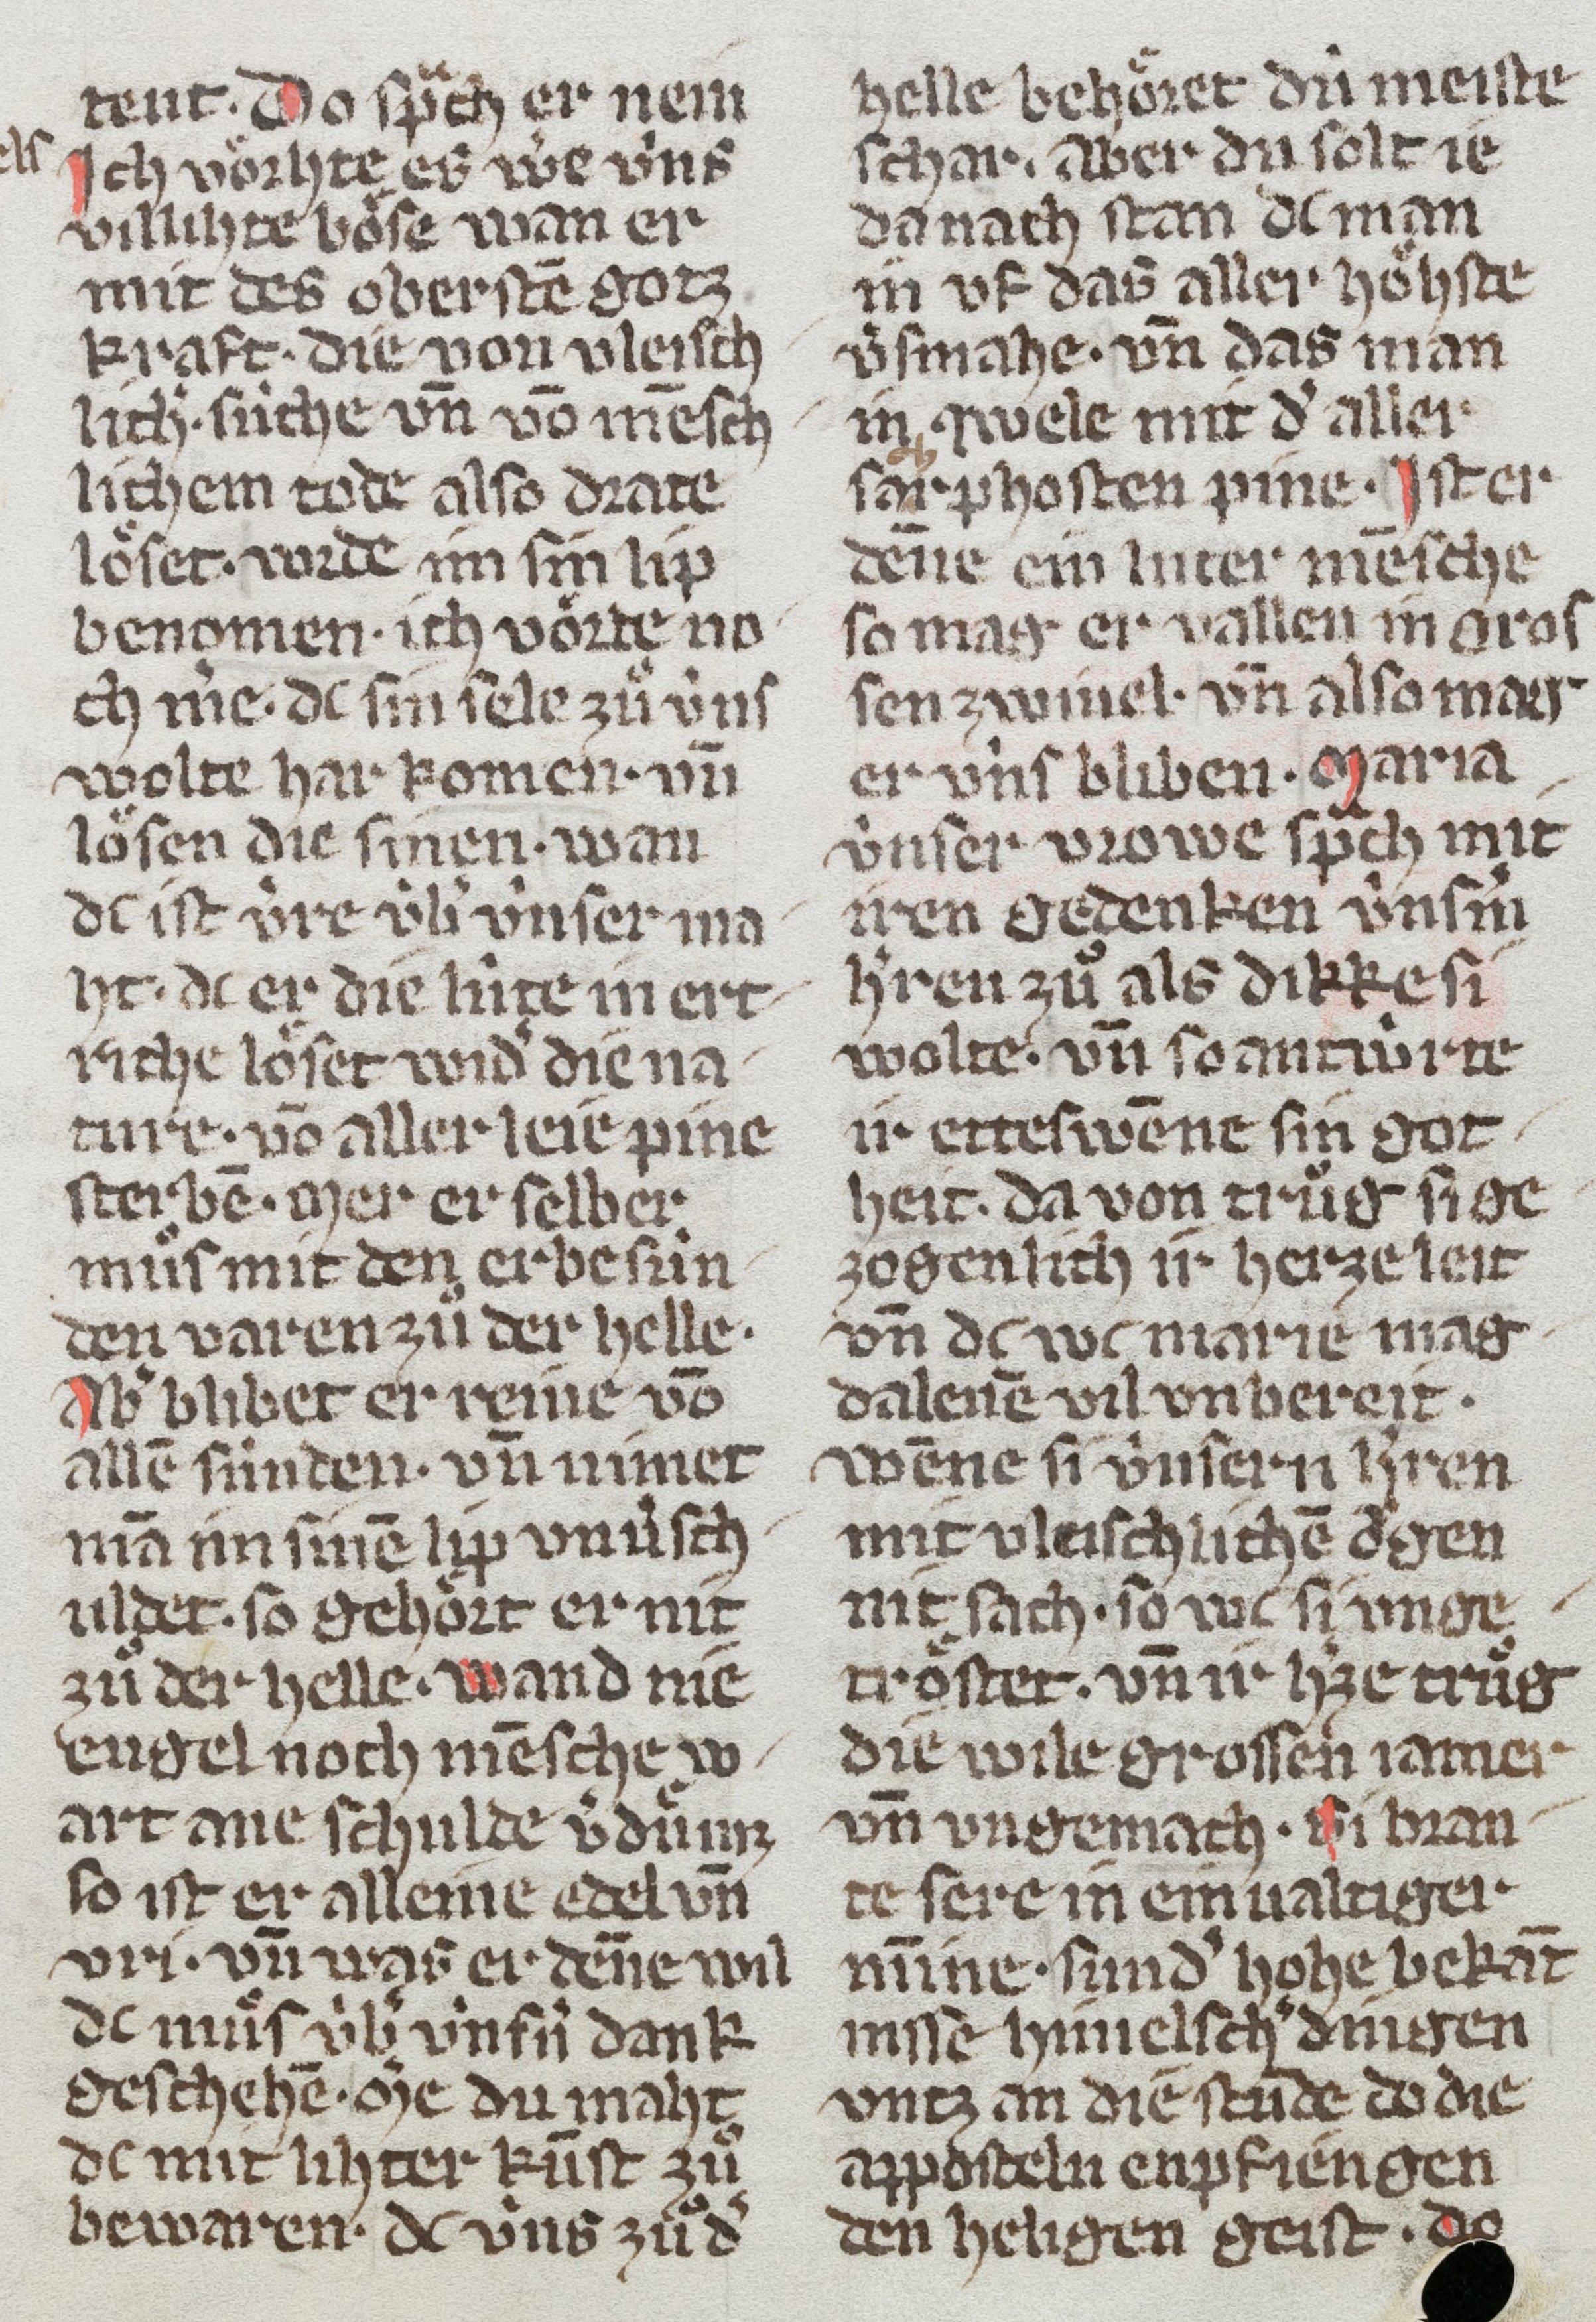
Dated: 1350–1374